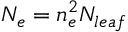
N _ { e } = n _ { e } ^ { 2 } N _ { l e a f }